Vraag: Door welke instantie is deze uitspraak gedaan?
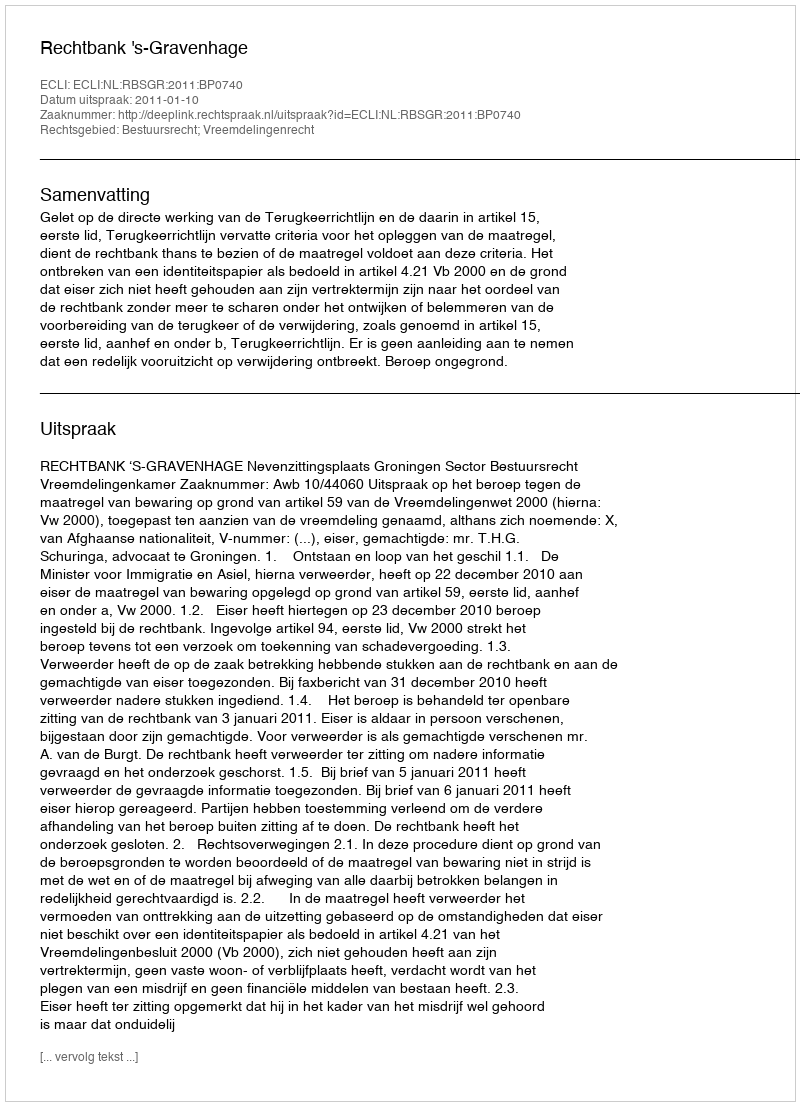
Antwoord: Rechtbank 's-Gravenhage